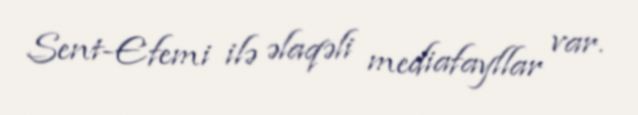
Sent-Efemi ilə əlaqəli mediafayllar var.